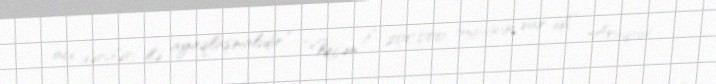
acı dərsləri ilə ayaqlaşmalıdır.” “Keçən il 200,000 toyuğum var idi,” Araqua